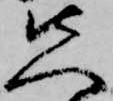
先